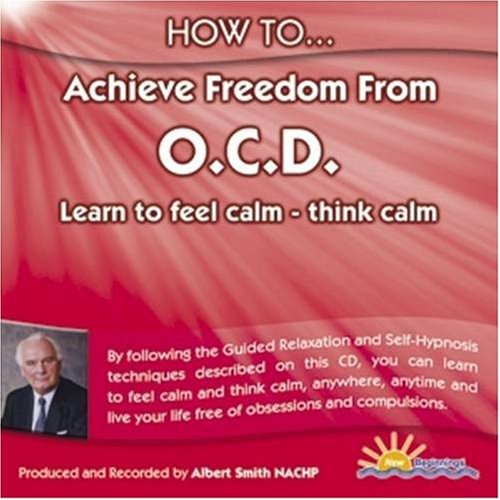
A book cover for How to Achieve Freedom from OCD: Learn to Feel Calm and Think Calm; Albert Smith; Health, Fitness & Dieting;